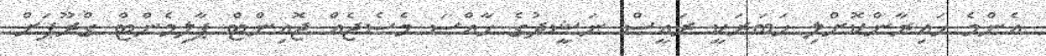
އެންމެ ހައިރާންކޮށްލި ހަބަރަކީ ރައީސް ނަޝީދުގެ ހާއްސަ މެސެޖެއް ޖޮއިންޓް ޕާލިމެންޓް ގްރޫޕަށް